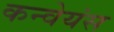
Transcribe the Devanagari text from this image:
कन्वेयंस